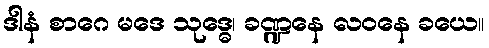
ဒါနံ စာဂေ မဒေ သုဒ္ဓေ၊ ခဏ္ဍနေ လဝနေ ခယေ။